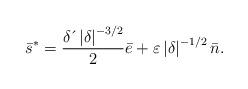
LaTeX: \begin{align*}\bar{s}^{\ast}=\frac{\delta \,\acute{}\, \left \vert \delta \right \vert ^{-3/2}}{2}\bar{e}+\varepsilon \left \vert\delta \right \vert ^{-1/2}\bar{n}. \end{align*}